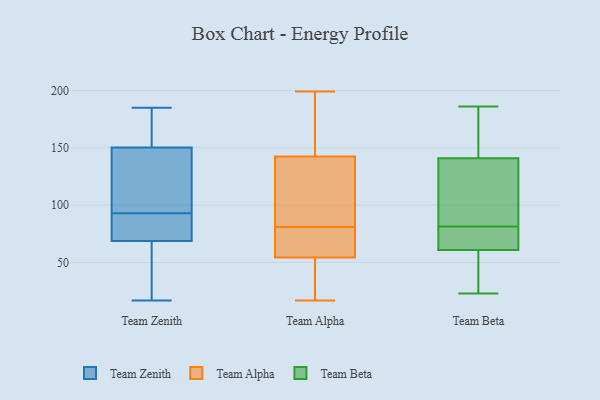
{"axis": {"x": "Page Views", "y": "Value"}, "legend": ["Team Alpha", "Team Beta", "Team Zenith"], "data": [{"x": "", "y": 106, "type": "Team Zenith"}, {"x": "", "y": 17, "type": "Team Zenith"}, {"x": "", "y": 141, "type": "Team Zenith"}, {"x": "", "y": 185, "type": "Team Zenith"}, {"x": "", "y": 89, "type": "Team Zenith"}, {"x": "", "y": 91, "type": "Team Zenith"}, {"x": "", "y": 47, "type": "Team Zenith"}, {"x": "", "y": 185, "type": "Team Zenith"}, {"x": "", "y": 131, "type": "Team Zenith"}, {"x": "", "y": 41, "type": "Team Zenith"}, {"x": "", "y": 93, "type": "Team Zenith"}, {"x": "", "y": 178, "type": "Team Zenith"}, {"x": "", "y": 76, "type": "Team Zenith"}, {"x": "", "y": 41, "type": "Team Alpha"}, {"x": "", "y": 103, "type": "Team Alpha"}, {"x": "", "y": 17, "type": "Team Alpha"}, {"x": "", "y": 41, "type": "Team Alpha"}, {"x": "", "y": 195, "type": "Team Alpha"}, {"x": "", "y": 63, "type": "Team Alpha"}, {"x": "", "y": 56, "type": "Team Alpha"}, {"x": "", "y": 98, "type": "Team Alpha"}, {"x": "", "y": 64, "type": "Team Alpha"}, {"x": "", "y": 61, "type": "Team Alpha"}, {"x": "", "y": 145, "type": "Team Alpha"}, {"x": "", "y": 199, "type": "Team Alpha"}, {"x": "", "y": 74, "type": "Team Alpha"}, {"x": "", "y": 53, "type": "Team Alpha"}, {"x": "", "y": 114, "type": "Team Alpha"}, {"x": "", "y": 88, "type": "Team Alpha"}, {"x": "", "y": 26, "type": "Team Alpha"}, {"x": "", "y": 140, "type": "Team Alpha"}, {"x": "", "y": 175, "type": "Team Alpha"}, {"x": "", "y": 155, "type": "Team Alpha"}, {"x": "", "y": 76, "type": "Team Beta"}, {"x": "", "y": 186, "type": "Team Beta"}, {"x": "", "y": 61, "type": "Team Beta"}, {"x": "", "y": 79, "type": "Team Beta"}, {"x": "", "y": 174, "type": "Team Beta"}, {"x": "", "y": 61, "type": "Team Beta"}, {"x": "", "y": 76, "type": "Team Beta"}, {"x": "", "y": 38, "type": "Team Beta"}, {"x": "", "y": 145, "type": "Team Beta"}, {"x": "", "y": 23, "type": "Team Beta"}, {"x": "", "y": 27, "type": "Team Beta"}, {"x": "", "y": 123, "type": "Team Beta"}, {"x": "", "y": 84, "type": "Team Beta"}, {"x": "", "y": 137, "type": "Team Beta"}, {"x": "", "y": 129, "type": "Team Beta"}, {"x": "", "y": 146, "type": "Team Beta"}]}